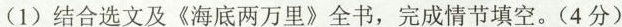
(1)结合选文及《海底两万里》全书，完成情节填空。(4分)